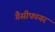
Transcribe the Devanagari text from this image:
गैसीफायर